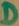
Text: D